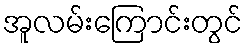
အူလမ်းကြောင်းတွင်